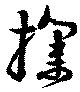
撲